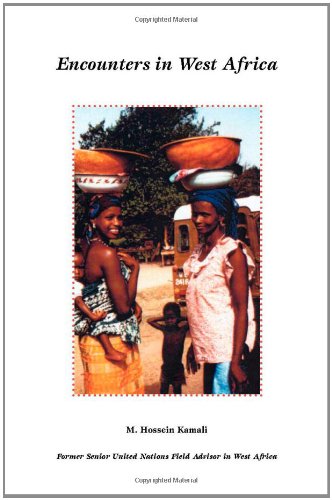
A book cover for Encounters in West Africa; Hossein Kamali; Travel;